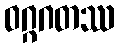
ဝဂ္ဂဂတဿ